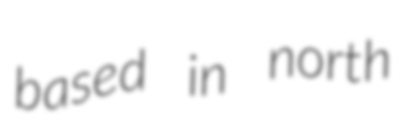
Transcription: based in north